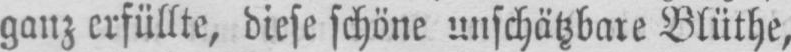
ganz erfüllte, diese schöne unschätzbare Blüthe,